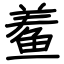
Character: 鲝